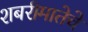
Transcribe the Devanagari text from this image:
शबरीमातेचे